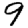
Digit: 9